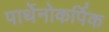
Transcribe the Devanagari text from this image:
पार्थेनोकर्पिक